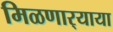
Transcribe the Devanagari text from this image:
मिळणार्‍याया